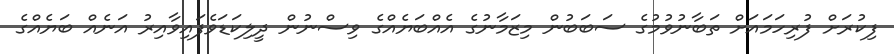
ފިކުރަށް ފުރިހަމައަށް ތަބާނުވުމުގެ ސަބަބުން މިޒަމާނުގެ އެއްބަޔެއްގެ ވިސްނުން ދީލިކަޑަވެފައިވާއިރު އަނެއް ބަޔެއްގެ